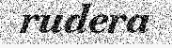
rudera